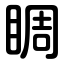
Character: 睭